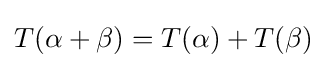
T(\alpha +\beta )=T(\alpha )+T(\beta )